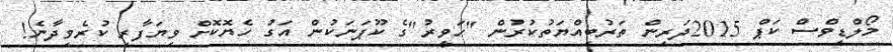
މޯލްޑިވްސް ކަޕް 2015ދަރިން ތަރުބިއްޔަތުކުރުން "ހަވީރު"ގެ ކޫޕަނަކުން އަގު ހެޔޮކޮށް ވިޔަފާރި ކުރެވިދާނެ!